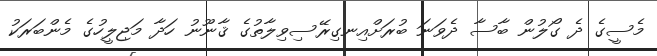
މެސީގެ ދެ ގޯލުން ބާސާ ދެވަނަ ބުރަށްއިނގިރޭސިވިލާތުގެ ޤާނޫނު ހަދާ މަޖިލީހުގެ މެންބަރަކު